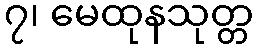
၇၊ မေထုနသုတ္တ